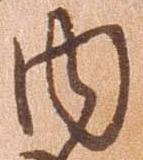
内